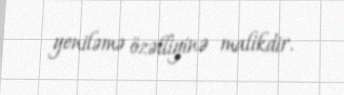
yeniləmə özəlliyinə malikdir.